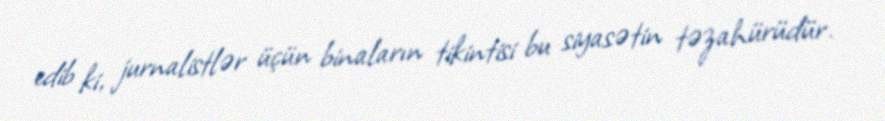
edib ki, jurnalistlər üçün binaların tikintisi bu siyasətin təzahürüdür.